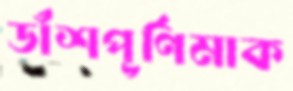
ডাঁশপূর্ণিমাক